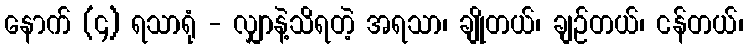
နောက် (၄) ရသာရုံ - လျှာနဲ့သိရတဲ့ အရသာ၊ ချိုတယ်၊ ချဉ်တယ်၊ ငန်တယ်၊